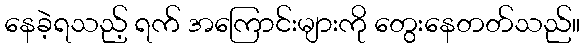
နေခဲ့ရသည့် ရက် အကြောင်းများကို တွေးနေတတ်သည်။